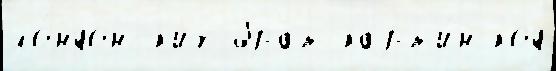
ло́ндонск'их брат карт'и́н код